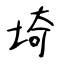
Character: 埼